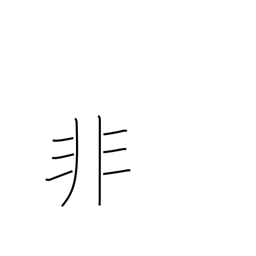
Meaning: mistake